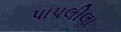
પાપલીલા